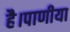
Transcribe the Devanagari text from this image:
है।पाणीया